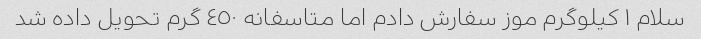
سلام ١ کیلوگرم موز سفارش دادم اما متاسفانه ٤٥٠ گرم تحویل داده شد